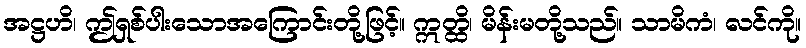
အဋ္ဌဟိ၊ ဤရှစ်ပါးသောအကြောင်းတို့ဖြင့်။ ဣတ္ထိ၊ မိန်းမတို့သည်။ သာမိကံ၊ လင်ကို။